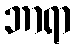
ဘာရာ